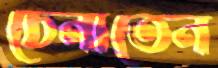
চেনাতেন